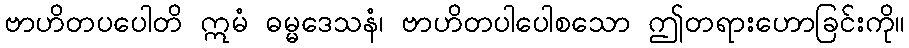
ဗာဟိတပပေါတိ ဣမံ ဓမ္မဒေသနံ၊ ဗာဟိတပါပေါစသော ဤတရားဟောခြင်းကို။